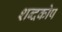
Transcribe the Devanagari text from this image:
शब्‍दकोष